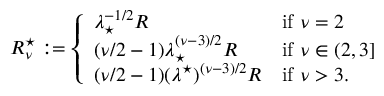
\begin{array} { r } { R _ { \nu } ^ { \star } : = \left\{ \begin{array} { l l } { \lambda _ { \star } ^ { - 1 / 2 } R } & { \mathrm { i f ~ } \nu = 2 } \\ { ( \nu / 2 - 1 ) \lambda _ { \star } ^ { ( \nu - 3 ) / 2 } R } & { \mathrm { i f ~ } \nu \in ( 2 , 3 ] } \\ { ( \nu / 2 - 1 ) ( \lambda ^ { \star } ) ^ { ( \nu - 3 ) / 2 } R } & { \mathrm { i f ~ } \nu > 3 . } \end{array} \right. } \end{array}